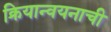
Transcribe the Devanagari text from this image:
क्रियान्वयनाची